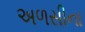
અળસીના